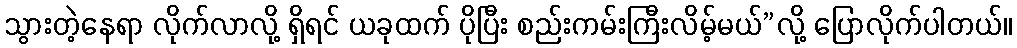
သွားတဲ့နေရာ လိုက်လာလို့ ရှိရင် ယခုထက် ပိုပြီး စည်းကမ်းကြီးလိမ့်မယ်”လို့ ပြောလိုက်ပါတယ်။